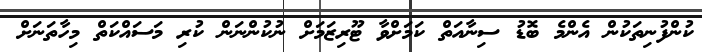
ކުންފުނިތަކުން އެންމެ ބޮޑު ސިނާއަތް ކަމަށްވާ ޓޫރިޒަމަށް ނުކުންނަން ކުރި މަސައްކަތް މިހާތަނަށް